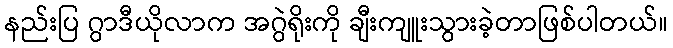
နည်းပြ ဂွာဒီယိုလာက အဂွဲရိုးကို ချီးကျူးသွားခဲ့တာဖြစ်ပါတယ်။